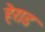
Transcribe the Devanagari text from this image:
हेराड